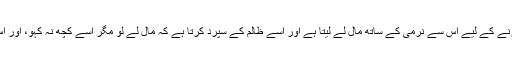
اس دوران ایک اور آدمی ان کے درمیان میں آتا ہے اور مظلوم کے اوپر سے زیادہ ظلم کو دفع کرنے کے لیے اس سے نرمی کے ساتھ مال لے لیتا ہے اور اسے ظالم کے سپرد کرتا ہے کہ مال لے لو مگر اسے کچھ نہ کہو، اور اس طریقے سے مظلوم کی جان اور عزت بچانے میں کامیاب ہو جاتا ہے تو یہ ایک اچھا اقدام ہے۔